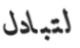
لتبادل